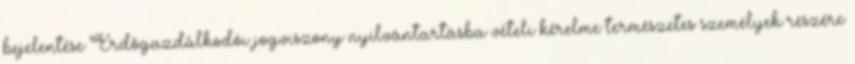
bejelentése Erdőgazdálkodói jogviszony nyilvántartásba vételi kérelme természetes személyek részére